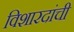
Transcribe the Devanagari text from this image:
विशारदांची